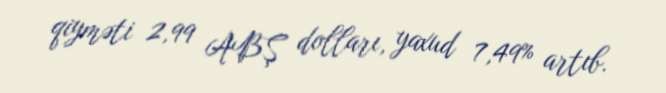
qiyməti 2,99 ABŞ dolları, yaxud 7,49% artıb.